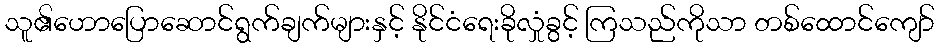
သူ၏ဟောပြောဆောင်ရွက်ချက်များနှင့် နိုင်ငံရေးခိုလှုံခွင့် ကြသည်ကိုသာ တစ်ထောင်ကျော်